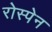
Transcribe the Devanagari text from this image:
रोस्पेन